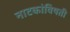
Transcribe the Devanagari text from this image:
नाटकांविषती